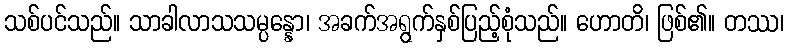
သစ်ပင်သည်။ သာခါလာသသမ္ပန္နော၊ အခက်အရွက်နှစ်ပြည့်စုံသည်။ ဟောတိ၊ ဖြစ်၏။ တဿ၊